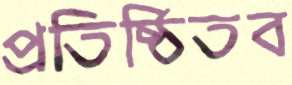
প্রতিষ্ঠিতব